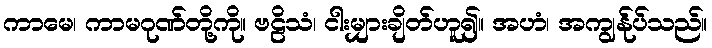
ကာမေ၊ ကာမဂုဏ်တို့ကို။ ဗဠိသံ၊ ငါးမျှားချိတ်ဟူ၍။ အဟံ၊ အကျွန်ုပ်သည်။